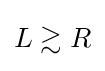
{\begin{aligned}L\gtrsim R\end{aligned}}